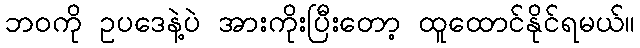
ဘဝကို ဥပဒေနဲ့ပဲ အားကိုးပြီးတော့ ထူထောင်နိုင်ရမယ်။